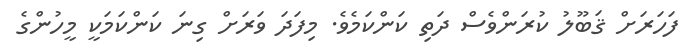
ފަހަރަށް ޤަބޫލު ކުރަންވެސް ދަތި ކަންކަމެވެ. މިފަދަ ވަރަށް ގިނަ ކަންކަމަކީ މީހުންގެ